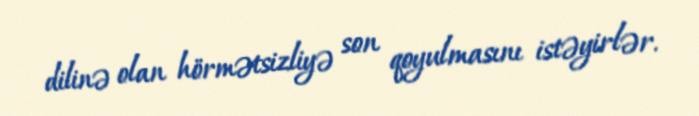
dilinə olan hörmətsizliyə son qoyulmasını istəyirlər.